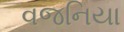
વજનિયા